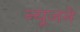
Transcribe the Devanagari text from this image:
न्यूजने